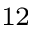
^ { 1 2 }